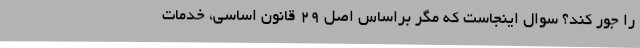
را جور کند؟ سوال اینجاست که مگر براساس اصل ۲۹ قانون اساسی، خدمات